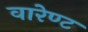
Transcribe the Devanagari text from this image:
वारेण्ट